Account of plague administration in the Bombay Presidency from September 1896 till May 1897
Year: 1896
Disease focus: Plague
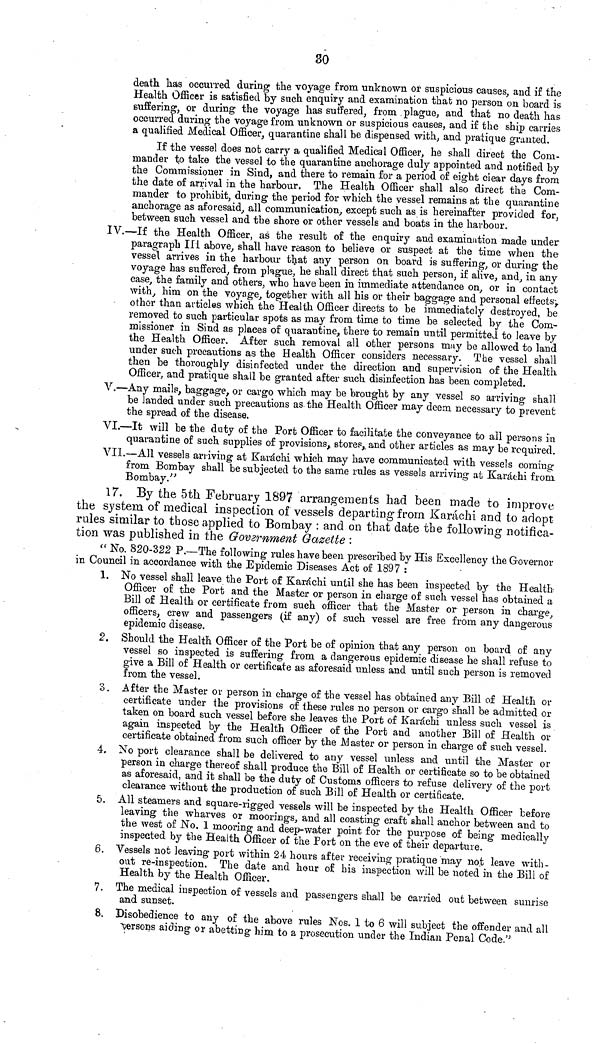
so
death has occurred during the voyage from unknown or suspicious causes, and if the
Health Officer is satisfied by such enquiry and examination that no person on board is
suffering, or during the voyage has suffered, from, plague, and that no death has
occurred during the voyage from unknown or suspicious causes, and if the ship carries
a qualified Medical Officer, quarantine shall be dispensed with, and pratique granted.
If the vessel does not carry a qualified Medical Officer, he shall direct the Com-
mander to take the vessel to the quarantine anchorage duly appointed and notified by
the Commissioner in Sind, and there to remain for a period of eight clear days from
the date of arrival in the harbour. The Health Officer shall also direct the Com-
mander to prohibit, during the period for which the vessel remains at the quarantine
anchorage as aforesaid,, all communication, except such as is hereinafter provided for,
between such vessel and the shore or other vessels and boats in the harbour.
IV.—If the Health Officer, as the result of the enquiry and examination made under
paragraph III above, shall have reason to believe or suspect at the time when the
vessel arrives in the harbour th^at any person on board is suffering, or during the
voyage has suffered, from plague,' he shall direct that such person, if alive, and, in any
case, the family and others, who have been in immediate attendance on, or in contact
with, him on the voyage, together with all his or their baggage and personal effectsô
ther than articles which the Health Officer directs to be immediately destroyed, be
removed to such particular spots as may from time to time be selected by the Com-
missioner in Sind as places of quarantine, there to remain until permitted to leave by
the Health Officer. After such removal all other persons may be allowed to land
under such precautions as the Health Officer considers necessary. The vessel shall
then be thoroughly disinfected under the direction and supervision of the Health
Officer, and pratique shall be granted after such disinfection has been completed.
V.—Any mails, baggage, or cargo which may be brought by any vessel so arriving shall
be landed under such precautions as the Health Officer may deem necessary to prevent
the spread of the disease.
VI.—It will be the duty of the Port Officer to facilitate the conveyance to all persons iu
quarantine of such supplies of provisions, stores, and other articles as may be required.
VII.—All vessels arriving at Karachi which may have communicated with vessels coming
from Bombay shall be subjected to the same rules as vessels arriving at Karachi from
Bombay."
17. By the 5th February 1897 arrangements had been made to improve
the system of medical inspection of vessels departing from Karachi and to adopt
rules similar to those applied to Bombay : and on that date tbe following notifica-
tion was published in the Govarnment Gazette :
" No. 820-322 P.—The following rules have been prescribed by His Excellency the Governor
in Council in accordance with the Epidemic Diseases Act of 1897 :
1. No vessel shall leave the Port of Karachi until she has been inspected by the Health
Officer of the Port and the Master or person in charge of such vessel has obtained a
Bill of Health or certificate from such officer that the Master or· person in charge,
officers, crew and passengers (if any) of such vessel are free from any dangerous
epidemic disease.
2. Should the Health Officer of the Port be of opinion that any person on board of any
vessel so inspected is suffering from a dangerous epidemic disease he shall refuse to
give a Bill of Health or certificate as aforesaid unless and until such person is removed
from the vessel.
3. After the Master or person in charge of the vessel has obtained any Bill of Health or
certificate under the provisions of these rules no person or cargo shall be admitted or
taken on board such vessel before she leaves the Port of Karachi unless such vessel is
again inspected by the Health Officer of the Port and another Bill of Health or
certificate obtained from such officer by the Master or person in charge of such vessel.
4. No port clearance shall be delivered to any vessel unless and until the Master or
person in charge thereof shall produce the Bill of Health or certificate so to be obtained
as aforesaid, and it shall be the duty of Customs officers to refuse delivery of the port
clearance without the production of such Bill of Health or certificate.
5. All steamers and square-rigged vessels will be inspected by the Health Officer before
leaving the wharves or moorings, and all coasting craft shall anchor between and to
the west of No. 1 mooring and deep-water point for the purpose of being medically
inspected by the Health Officer of the Port on the eve of their departure.
6. Vessels not leaving port within 24 hours after receiving pratique may no.t leave Math-
out re-inspection. The date and hour of his inspection will be noted in the Bill of
Health by the Health Officer.
7. The medical inspection of vessels and passengers shall be carried out between sunrise
and sunset.
8. Disobedience to any of the above rules Nos. 1 to 6 will subject the offender and all
persons aiding or abetting him to a prosecution under the Indian Penal Code."